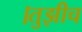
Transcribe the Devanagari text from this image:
।तुझीच